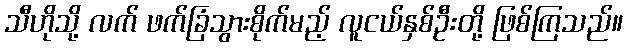
သီဟိုသို့ လက် ဖက်ခြံသွားစိုက်မည့် လူငယ်နှစ်ဦးတို့ ဖြစ်ကြသည်။